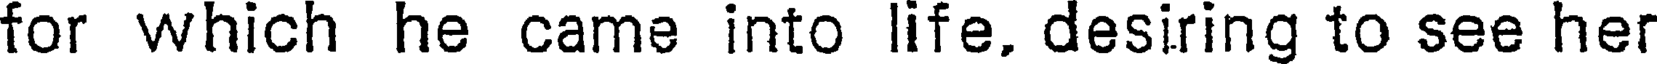
for which he came into life, desiring to see her